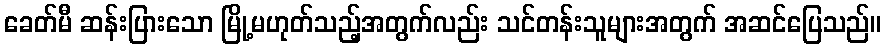
ခေတ်မီ ဆန်းပြားသော မြို့မဟုတ်သည့်အတွက်လည်း သင်တန်းသူများအတွက် အဆင်ပြေသည်။